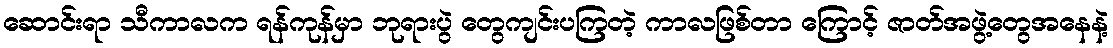
ဆောင်းရာ သီကာလက ရန်ကုန်မှာ ဘုရားပွဲ တွေကျင်းပကြတဲ့ ကာလဖြစ်တာ ကြောင့် ဇာတ်အဖွဲ့တွေအနေနဲ့